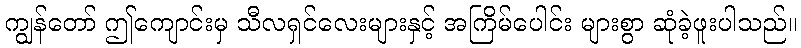
ကျွန်တော် ဤကျောင်းမှ သီလရှင်လေးများနှင့် အကြိမ်ပေါင်း များစွာ ဆုံခဲ့ဖူးပါသည်။